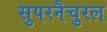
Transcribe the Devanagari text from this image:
सुपरनैचुरल